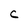
Character: C